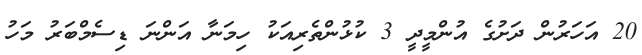
20 އަހަރުން ދަށުގެ އުންމީދީ 3 ކުޅުންތެރިއަކު ހިމަނާ އަންނަ ޑިސެމްބަރު މަހު